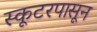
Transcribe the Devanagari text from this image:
स्कूटरपासून